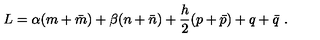
L = \alpha ( m + \bar { m } ) + \beta ( n + \bar { n } ) + \frac { h } { 2 } ( p + \bar { p } ) + q + \bar { q } \ .